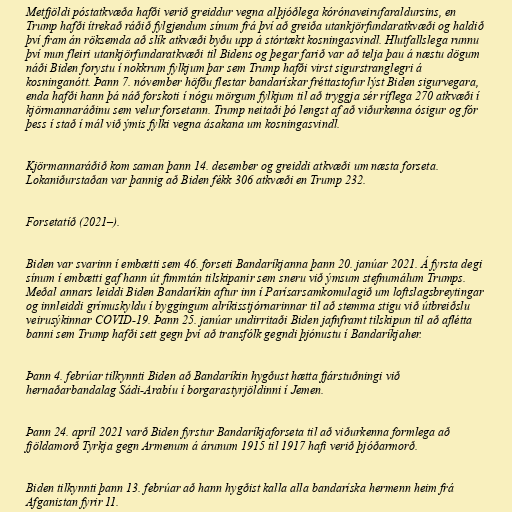
Metfjöldi póstatkvæða hafði verið greiddur vegna alþjóðlega kórónaveirufaraldursins, en
Trump hafði ítrekað ráðið fylgjendum sínum frá því að greiða utankjörfundaratkvæði og haldið
því fram án röksemda að slík atkvæði byðu upp á stórtækt kosningasvindl. Hlutfallslega runnu
því mun fleiri utankjörfundaratkvæði til Bidens og þegar farið var að telja þau á næstu dögum
náði Biden forystu í nokkrum fylkjum þar sem Trump hafði virst sigurstranglegri á
kosninganótt. Þann 7. nóvember höfðu flestar bandarískar fréttastofur lýst Biden sigurvegara,
enda hafði hann þá náð forskoti í nógu mörgum fylkjum til að tryggja sér ríflega 270 atkvæði í
kjörmannaráðinu sem velur forsetann. Trump neitaði þó lengst af að viðurkenna ósigur og fór
þess í stað í mál við ýmis fylki vegna ásakana um kosningasvindl.

Kjörmannaráðið kom saman þann 14. desember og greiddi atkvæði um næsta forseta.
Lokaniðurstaðan var þannig að Biden fékk 306 atkvæði en Trump 232.

Forsetatíð (2021–).

Biden var svarinn í embætti sem 46. forseti Bandaríkjanna þann 20. janúar 2021. Á fyrsta degi
sínum í embætti gaf hann út fimmtán tilskipanir sem sneru við ýmsum stefnumálum Trumps.
Meðal annars leiddi Biden Bandaríkin aftur inn í Parísarsamkomulagið um loftslagsbreytingar
og innleiddi grímuskyldu í byggingum alríkisstjórnarinnar til að stemma stigu við útbreiðslu
veirusýkinnar COVID-19. Þann 25. janúar undirritaði Biden jafnframt tilskipun til að aflétta
banni sem Trump hafði sett gegn því að transfólk gegndi þjónustu í Bandaríkjaher.

Þann 4. febrúar tilkynnti Biden að Bandaríkin hygðust hætta fjárstuðningi við
hernaðarbandalag Sádi-Arabíu í borgarastyrjöldinni í Jemen.

Þann 24. apríl 2021 varð Biden fyrstur Bandaríkjaforseta til að viðurkenna formlega að
fjöldamorð Tyrkja gegn Armenum á árunum 1915 til 1917 hafi verið þjóðarmorð.

Biden tilkynnti þann 13. febrúar að hann hygðist kalla alla bandaríska hermenn heim frá
Afganistan fyrir 11.